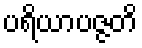
ပရိယာပဇ္ဇတိ